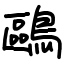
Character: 鷗